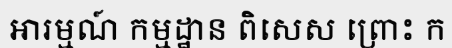
ឤរម្មណ៍ កម្មដ្ឋាន ពិសេស ព្រោះ ក